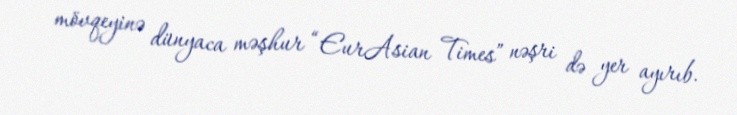
mövqeyinə dünyaca məşhur “EurAsian Times” nəşri də yer ayırıb.